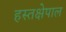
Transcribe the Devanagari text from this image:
हस्तक्षेपाल